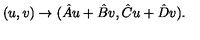
( u , v ) \rightarrow ( { { \hat { A } u + \hat { B } v } , { \hat { C } u + \hat { D } v } } ) .